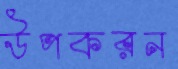
উপকরন